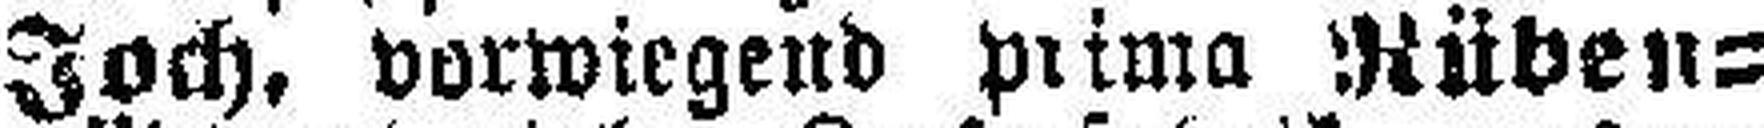
Joch, vorwiegend prima Rüben¬